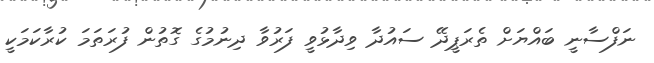
ނަފްސާނީ ބައްޔަށް ތެރަޕީދޭ ސައުދާ ވިދާޅުވީ ފަރުވާ ދިނުމުގެ ގޮތުން ފުރަތަމަ ކުރާކަމަކީ